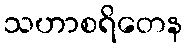
သဟာစရိတေန